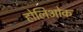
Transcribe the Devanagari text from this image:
होलिओक